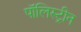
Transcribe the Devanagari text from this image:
पॉलिस्ट्रीन